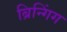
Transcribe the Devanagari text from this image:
ब्रिन्गिंग